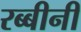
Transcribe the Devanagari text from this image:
रब्बीनी